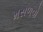
મસળવો